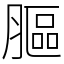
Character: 膒